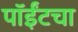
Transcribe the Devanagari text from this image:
पॉईंटचा